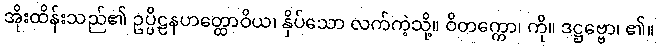
အိုးထိန်းသည်၏ ဥပ္ပိဠနဟတ္ထောဝိယ၊ နှိပ်သော လက်ကဲ့သို့။ ဝိတက္ကော၊ ကို။ ဒဋ္ဌဗ္ဗော၊ ၏။